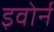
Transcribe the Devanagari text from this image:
इवोर्न